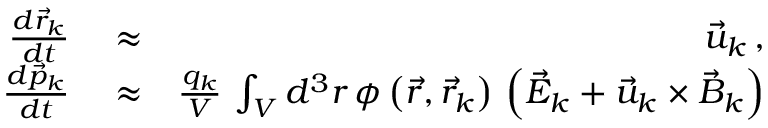
\begin{array} { r l r } { \frac { d \vec { r } _ { k } } { d t } } & { { } \approx } & { \vec { u } _ { k } \, , } \\ { \frac { d \vec { p } _ { k } } { d t } } & { { } \approx } & { \frac { q _ { k } } { V } \, \int _ { V } d ^ { 3 } r \, \phi \left( \vec { r } , \vec { r } _ { k } \right) \, \left( \vec { E } _ { k } + \vec { u } _ { k } \times \vec { B } _ { k } \right) } \end{array}